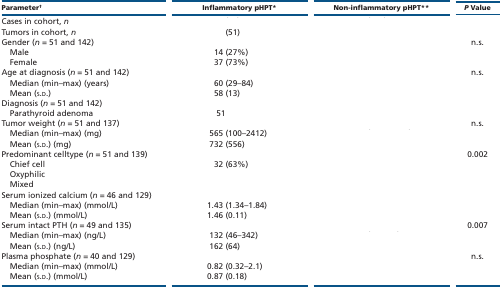
<table><thead><tr><td><b>Parameter<sup>†</sup></b></td><td><b>Inflammatory pHPT*</b></td><td><b>Non-inflammatory pHPT**</b></td><td><b><i>P</i> Value</b></td></tr></thead><tbody><tr><td>Cases in cohort, <i>n</i></td><td>[EMPTY_CELL]</td><td>[EMPTY_CELL]</td><td>[EMPTY_CELL]</td></tr><tr><td>Tumors in cohort, <i>n</i></td><td>(51)</td><td>[EMPTY_CELL]</td><td>[EMPTY_CELL]</td></tr><tr><td>Gender (<i>n</i> = 51 and 142)</td><td>[EMPTY_CELL]</td><td>[EMPTY_CELL]</td><td>n.s.</td></tr><tr><td> Male</td><td>14 (27%)</td><td>[EMPTY_CELL]</td><td>[EMPTY_CELL]</td></tr><tr><td> Female</td><td>37 (73%)</td><td>[EMPTY_CELL]</td><td>[EMPTY_CELL]</td></tr><tr><td>Age at diagnosis (<i>n</i> = 51 and 142)</td><td>[EMPTY_CELL]</td><td>[EMPTY_CELL]</td><td>n.s.</td></tr><tr><td> Median (min–max) (years)</td><td>60 (29–84)</td><td>[EMPTY_CELL]</td><td>[EMPTY_CELL]</td></tr><tr><td> Mean (s.d.)</td><td>58 (13)</td><td>[EMPTY_CELL]</td><td>[EMPTY_CELL]</td></tr><tr><td>Diagnosis (<i>n</i> = 51 and 142)</td><td>[EMPTY_CELL]</td><td>[EMPTY_CELL]</td><td>[EMPTY_CELL]</td></tr><tr><td> Parathyroid adenoma</td><td>51</td><td>[EMPTY_CELL]</td><td>[EMPTY_CELL]</td></tr><tr><td>Tumor weight (<i>n</i> = 51 and 137)</td><td>[EMPTY_CELL]</td><td>[EMPTY_CELL]</td><td>n.s.</td></tr><tr><td> Median (min–max) (mg)</td><td>565 (100–2412)</td><td>[EMPTY_CELL]</td><td>[EMPTY_CELL]</td></tr><tr><td> Mean (s.d.) (mg)</td><td>732 (556)</td><td>[EMPTY_CELL]</td><td>[EMPTY_CELL]</td></tr><tr><td>Predominant celltype (<i>n</i> = 51 and 139)</td><td>[EMPTY_CELL]</td><td>[EMPTY_CELL]</td><td>0.002</td></tr><tr><td> Chief cell</td><td>32 (63%)</td><td>[EMPTY_CELL]</td><td>[EMPTY_CELL]</td></tr><tr><td> Oxyphilic</td><td>[EMPTY_CELL]</td><td>[EMPTY_CELL]</td><td>[EMPTY_CELL]</td></tr><tr><td> Mixed</td><td>[EMPTY_CELL]</td><td>[EMPTY_CELL]</td><td>[EMPTY_CELL]</td></tr><tr><td colspan="2">Serum ionized calcium (<i>n</i> = 46 and 129)</td><td>[EMPTY_CELL]</td><td>[EMPTY_CELL]</td></tr><tr><td> Median (min–max) (mmol/L)</td><td>1.43 (1.34–1.84)</td><td>[EMPTY_CELL]</td><td>[EMPTY_CELL]</td></tr><tr><td> Mean (s.d.) (mmol/L)</td><td>1.46 (0.11)</td><td>[EMPTY_CELL]</td><td>[EMPTY_CELL]</td></tr><tr><td>Serum intact PTH (<i>n</i> = 49 and 135)</td><td>[EMPTY_CELL]</td><td>[EMPTY_CELL]</td><td>0.007</td></tr><tr><td> Median (min–max) (ng/L)</td><td>132 (46–342)</td><td>[EMPTY_CELL]</td><td>[EMPTY_CELL]</td></tr><tr><td> Mean (s.d.) (ng/L)</td><td>162 (64)</td><td>[EMPTY_CELL]</td><td>[EMPTY_CELL]</td></tr><tr><td>Plasma phosphate (<i>n</i> = 40 and 129)</td><td>[EMPTY_CELL]</td><td>[EMPTY_CELL]</td><td>n.s.</td></tr><tr><td> Median (min–max) (mmol/L)</td><td>0.82 (0.32–2.1)</td><td>[EMPTY_CELL]</td><td>[EMPTY_CELL]</td></tr><tr><td> Mean (s.d.) (mmol/L)</td><td>0.87 (0.18)</td><td>[EMPTY_CELL]</td><td>[EMPTY_CELL]</td></tr></tbody></table>